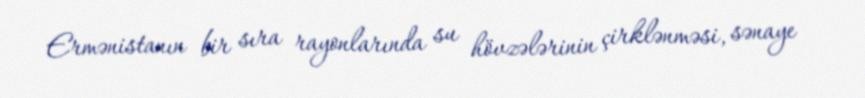
Ermənistanın bir sıra rayonlarında su hövzələrinin çirklənməsi, sənaye